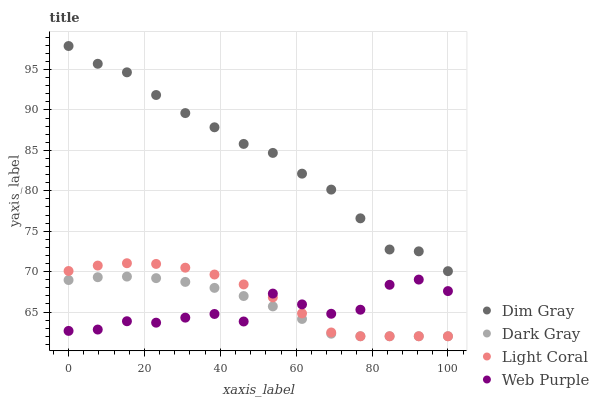
| xaxis_label | Dim Gray | Dark Gray | Light Coral | Web Purple |
 | --- | --- | --- | --- | --- |
 | 0 | 97.9 | 69 | 70.1 | 62.7 |
 | 7.69 | 95.7 | 69.3 | 70.7 | 62.8 |
 | 15.4 | 94.7 | 69.4 | 71 | 63.9 |
 | 23.1 | 91.8 | 69.2 | 70.9 | 63.7 |
 | 30.8 | 89.6 | 68.7 | 70.5 | 64.3 |
 | 38.5 | 87.9 | 68 | 69.6 | 64.8 |
 | 46.2 | 85.8 | 67 | 68.4 | 63.8 |
 | 53.8 | 84.7 | 65.7 | 66.8 | 67.3 |
 | 61.5 | 82.1 | 64.1 | 64.8 | 65.9 |
 | 69.2 | 80.1 | 62.3 | 62.5 | 64.8 |
 | 76.9 | 76.6 | 62 | 62 | 65.3 |
 | 84.6 | 72.7 | 62 | 62 | 68.4 |
 | 92.3 | 72.5 | 62 | 62 | 69 |
 | 100 | 70.1 | 62 | 62 | 67.6 |